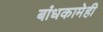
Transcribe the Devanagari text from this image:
बांधकामेही